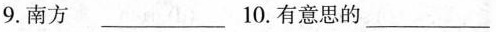
9.南方___ 10.有意思的___